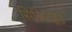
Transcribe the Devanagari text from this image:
सिलिसइड